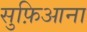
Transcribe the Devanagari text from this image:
सुफ़िआना